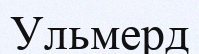
Ульмерд